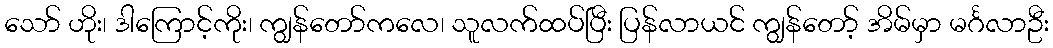
သော် ဟိုး၊ ဒါကြောင့်ကိုး၊ ကျွန်တော်ကလေ၊ သူလက်ထပ်ပြီး ပြန်လာယင် ကျွန်တော့် အိမ်မှာ မင်္ဂလာဦး